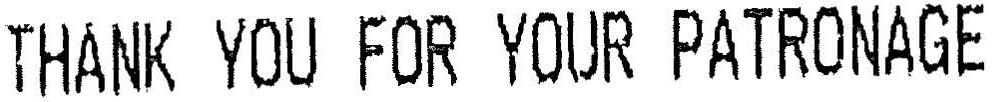
THANK YOU FOR YOUR PATRONAGE